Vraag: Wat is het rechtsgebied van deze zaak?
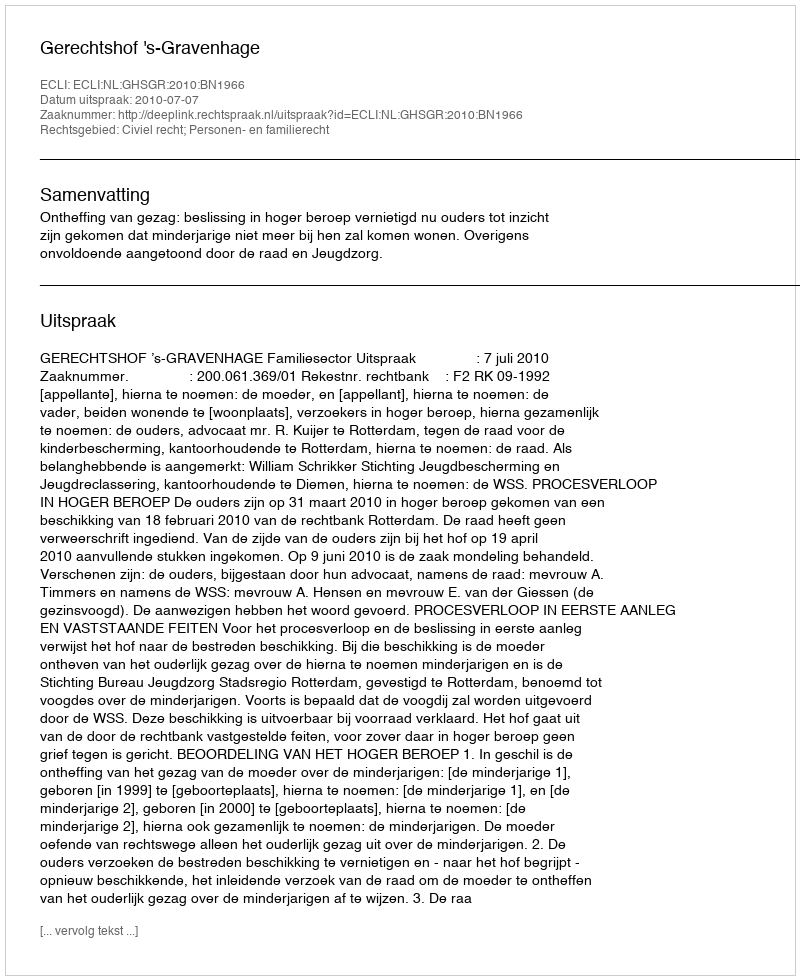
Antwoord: Civiel recht; Personen- en familierecht